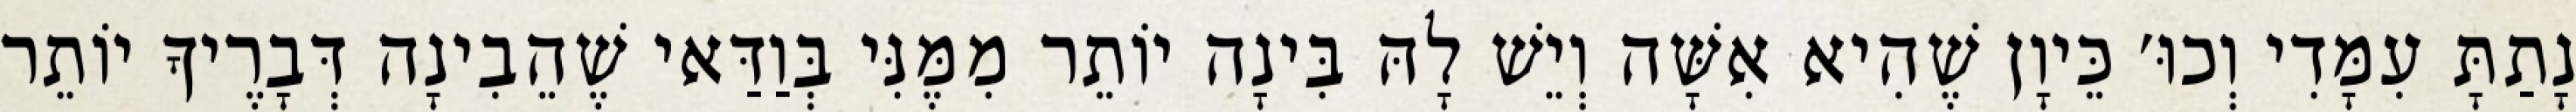
נָתַתָּ עִמָּדִי וְכוּ׳ כֵּיוָן שֶׁהִיא אִשָּׁה וְיֵשׁ לָהּ בִּינָה יוֹתֵר מִמֶּנִּי בְּוַדַּאי שֶׁהֵבִינָה דְּבָרֶיךָ יוֹתֵר